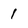
Character: 1